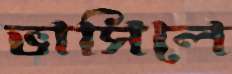
ভাসিলে